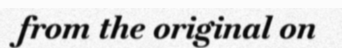
from the original on